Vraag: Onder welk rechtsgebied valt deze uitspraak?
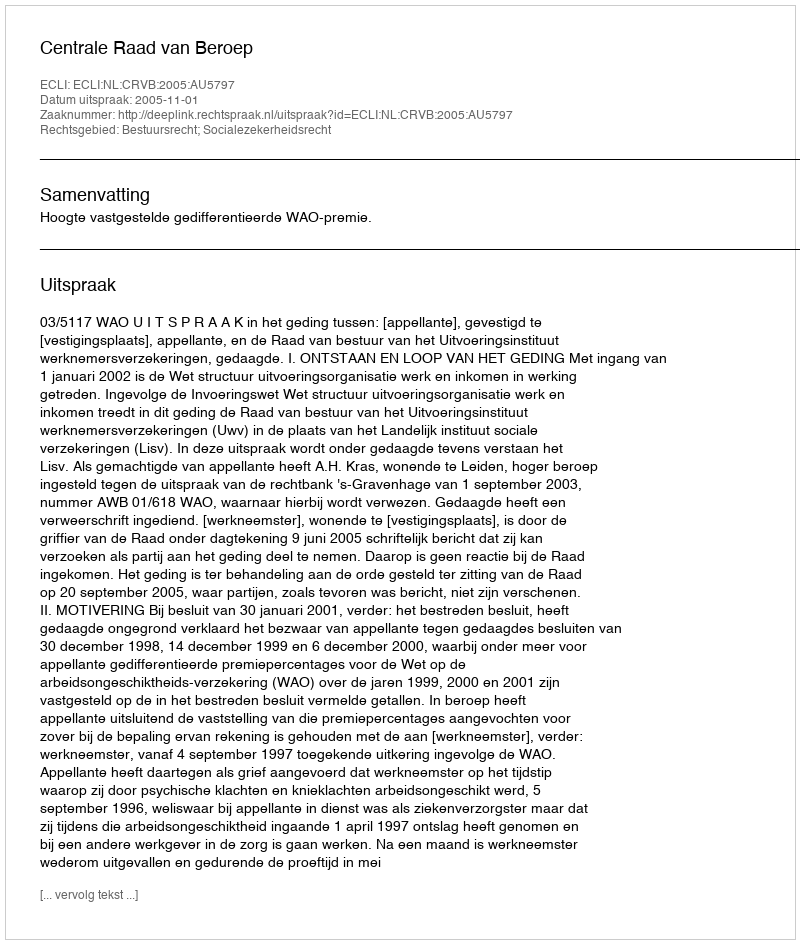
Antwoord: Bestuursrecht; Socialezekerheidsrecht